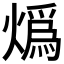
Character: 𤎶